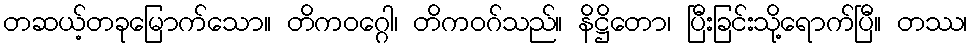
တဆယ့်တခုမြောက်သော။ တိကဝဂ္ဂေါ၊ တိကဝဂ်သည်။ နိဋ္ဌိတော၊ ပြီးခြင်းသို့ရောက်ပြီ။ တဿ၊